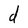
Character: d